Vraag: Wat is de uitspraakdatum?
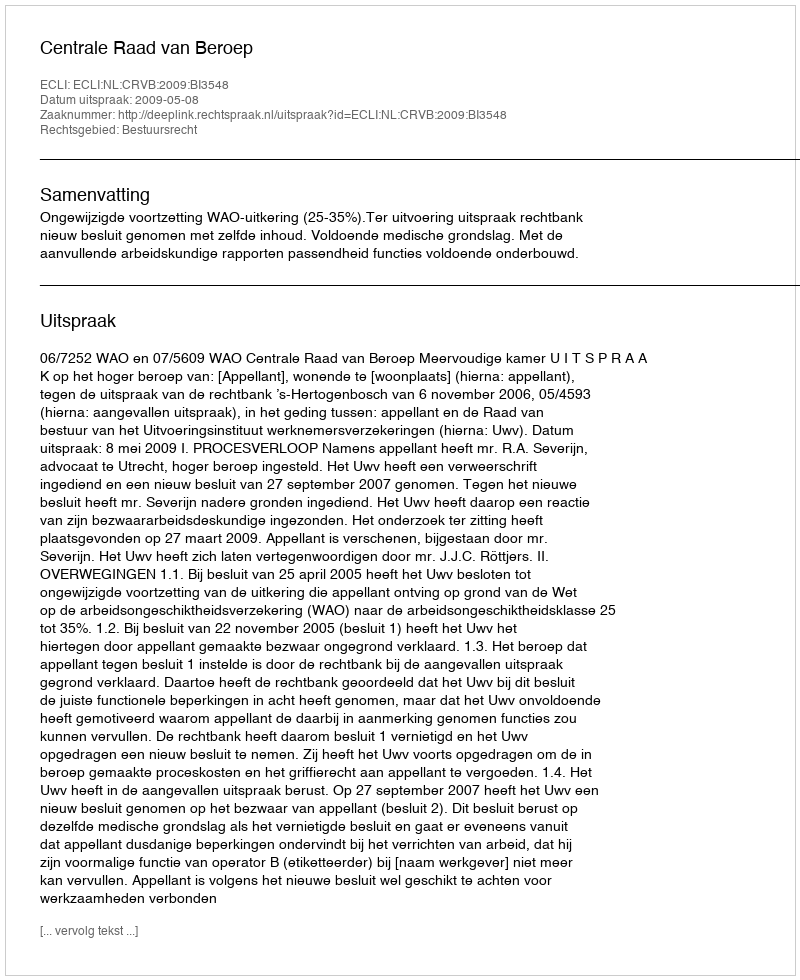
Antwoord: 2009-05-08